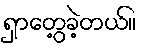
ရှာတွေ့ခဲ့တယ်။